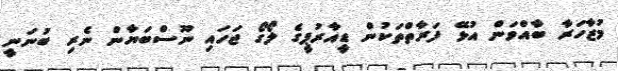
މުޒާހަރާ ބާއްވަން އުޅޭ ފަރާތްތަކުން ޑީއާރުޕީގެ ލޯގޯ ޖަހައި ނޫސްބަޔާން ނެރި ބުނަނީ